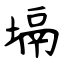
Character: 塥